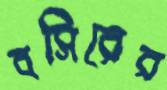
বসিরের